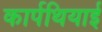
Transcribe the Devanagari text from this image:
कार्पथियाई